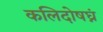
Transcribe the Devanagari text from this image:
कलिदोषघ्नं